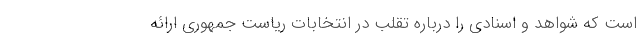
است که شواهد و اسنادی را درباره تقلب در انتخابات ریاست جمهوری ارائه